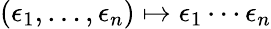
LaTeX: \left(\epsilon_{1},\ldots,\epsilon_{n}\right)\mapsto\epsilon_{1}\cdots\epsilon_{n}